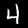
Label: 4